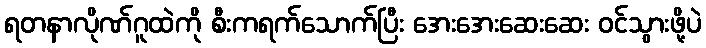
ရတနာလိုဏ်ဂူထဲကို စီးကရက်သောက်ပြီး အေးအေးဆေးဆေး ဝင်သွားဖို့ပဲ